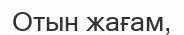
Отын жағам,